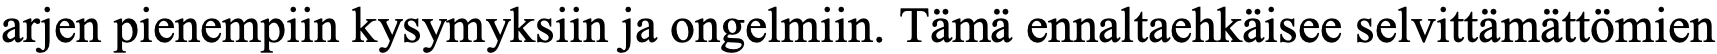
arjen pienempiin kysymyksiin ja ongelmiin. Tämä ennaltaehkäisee selvittämättömien